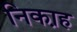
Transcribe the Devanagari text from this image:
निका़ह